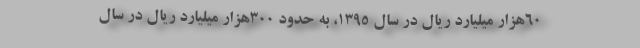
60هزار میلیارد ریال در سال 1395، به حدود 300هزار میلیارد ریال در سال